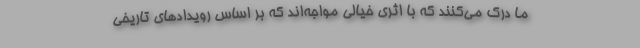
ما درک می‌کنند که با اثری خیالی مواجه‌اند که بر اساس رویدادهای تاریخی